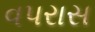
વપરાસ